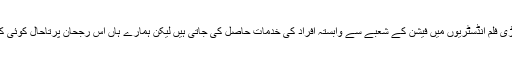
دنیا کی تمام بڑی فلم انڈسٹریوں میں فیشن کے شعبے سے وابستہ افراد کی خدمات حاصل کی جاتی ہیں لیکن ہمارے ہاں اس رجحان پرتاحال کوئی کام نہیں ہوسکا۔